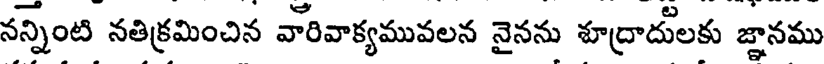
నన్నింటి నతిక్రమించిన వారివాక్యమువలన నైనను శూద్రాదులకు జ్ఞానము